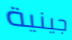
جينية